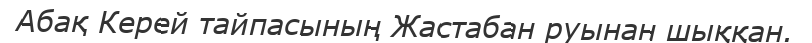
Абақ Керей тайпасының Жастабан руынан шыққан.